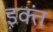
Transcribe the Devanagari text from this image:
इक्तं